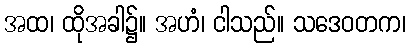
အထ၊ ထိုအခါ၌။ အဟံ၊ ငါသည်။ သဒေဝတက၊